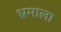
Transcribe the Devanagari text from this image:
भ्रमाला